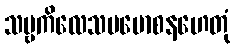
သဗ္ဗကိလေသပမောစနဟေတုံ